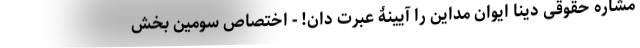
مشاره حقوقی دینا ایوان مداین را آیینۀ عبرت دان! - اختصاص سومین بخش